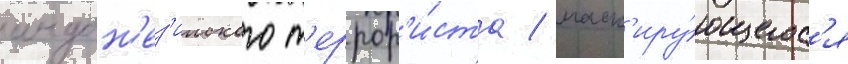
индон'ез'ииского т'еррор'и́ста / маск'иру́ющегос'я